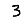
Digit: 3